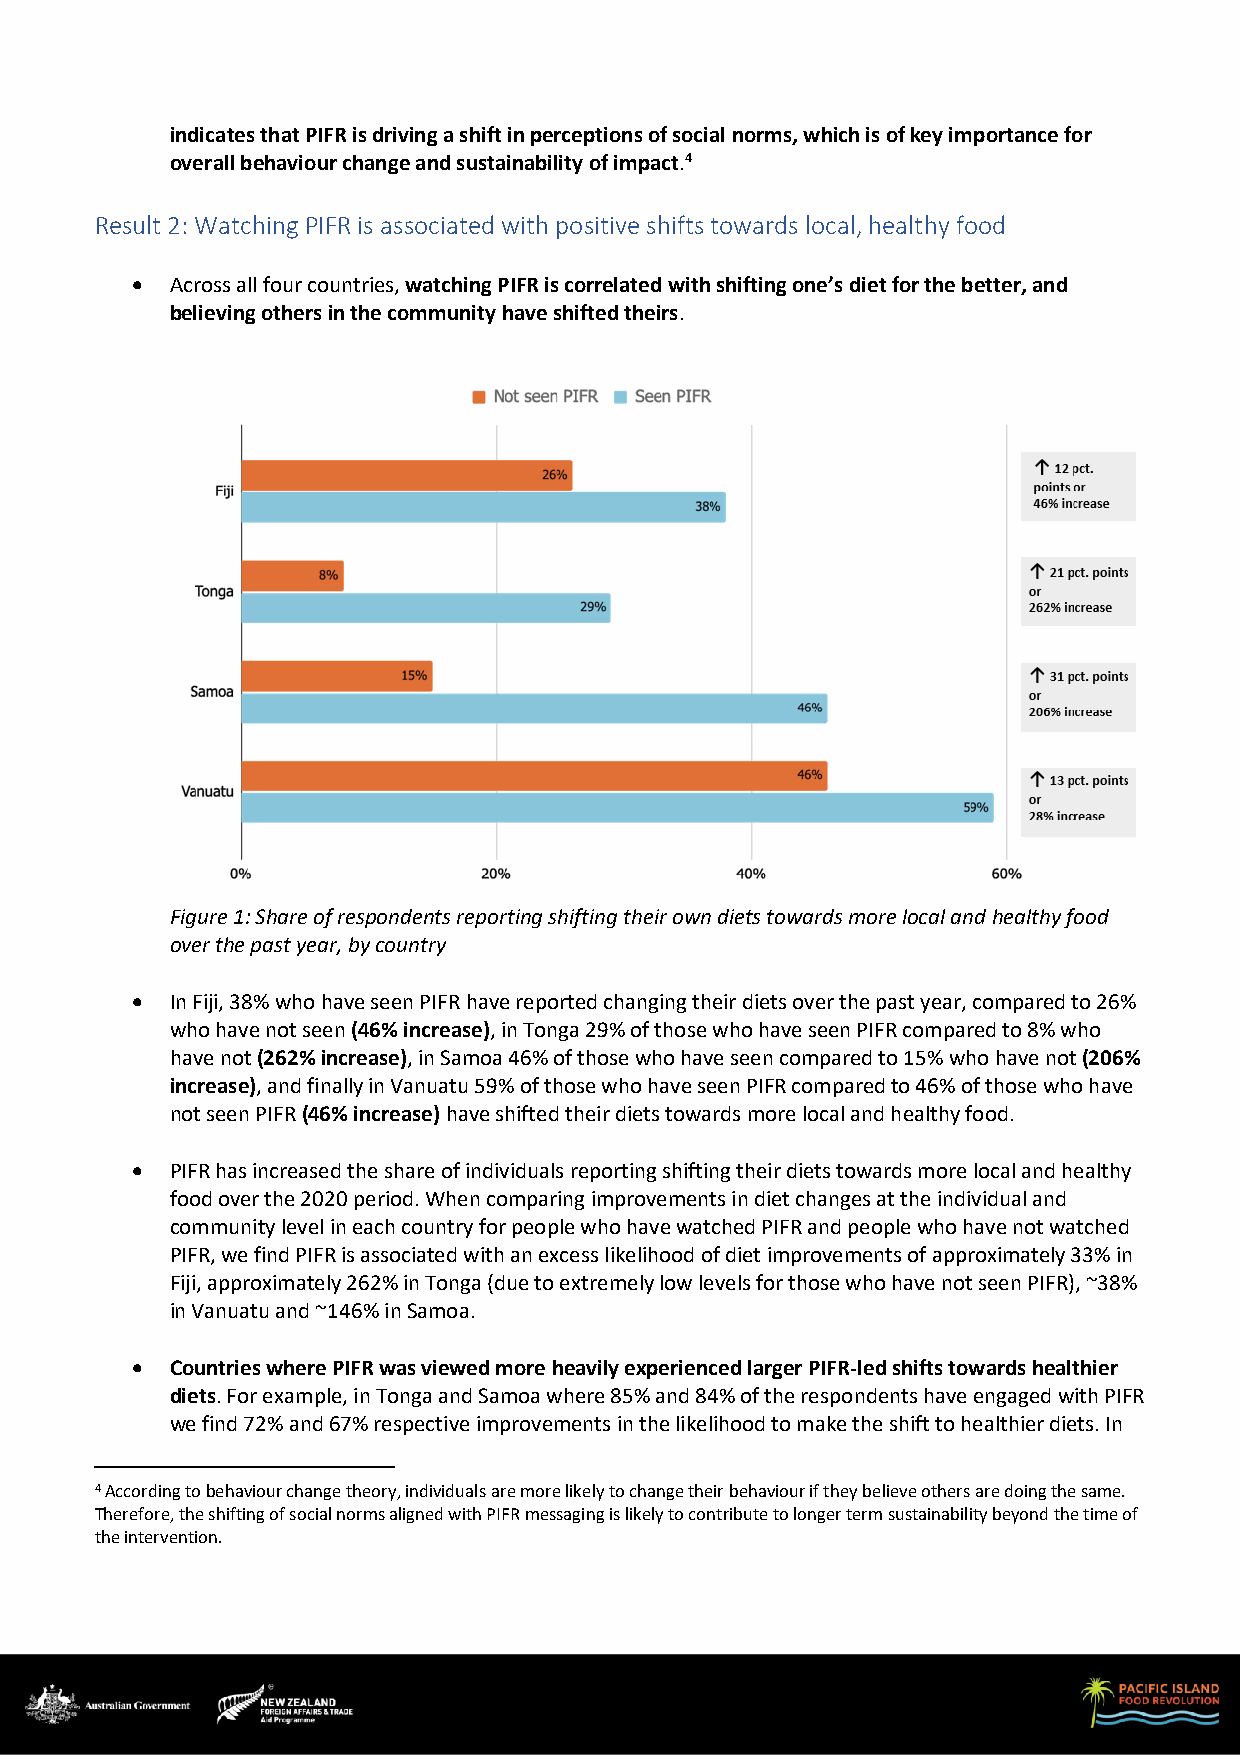
indicates that PIFR is driving a shift in perceptions of social norms, which is of key importance for
 overall behaviour change and sustainability of impact.4
 Result 2: Watching PIFR is associated with positive shifts towards local, healthy food
 • Across all four countries, watching PIFR is correlated with shifting one’s diet for the better, and
 believing others in the community have shifted theirs.
 Figure 1: Share of respondents reporting shifting their own diets towards more local and healthy food
 over the past year, by country
 • In Fiji, 38% who have seen PIFR have reported changing their diets over the past year, compared to 26%
 who have not seen (46% increase), in Tonga 29% of those who have seen PIFR compared to 8% who
 have not (262% increase), in Samoa 46% of those who have seen compared to 15% who have not (206%
 increase), and finally in Vanuatu 59% of those who have seen PIFR compared to 46% of those who have
 not seen PIFR (46% increase) have shifted their diets towards more local and healthy food.
 • PIFR has increased the share of individuals reporting shifting their diets towards more local and healthy
 food over the 2020 period. When comparing improvements in diet changes at the individual and
 community level in each country for people who have watched PIFR and people who have not watched
 PIFR, we find PIFR is associated with an excess likelihood of diet improvements of approximately 33% in
 Fiji, approximately 262% in Tonga (due to extremely low levels for those who have not seen PIFR), ~38%
 in Vanuatu and ~146% in Samoa.
 • Countries where PIFR was viewed more heavily experienced larger PIFR-led shifts towards healthier
 diets. For example, in Tonga and Samoa where 85% and 84% of the respondents have engaged with PIFR
 we find 72% and 67% respective improvements in the likelihood to make the shift to healthier diets. In
 4 According to behaviour change theory, individuals are more likely to change their behaviour if they believe others are doing the same.
 Therefore, the shifting of social norms aligned with PIFR messaging is likely to contribute to longer term sustainability beyond the time of
 the intervention.